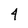
Character: 4